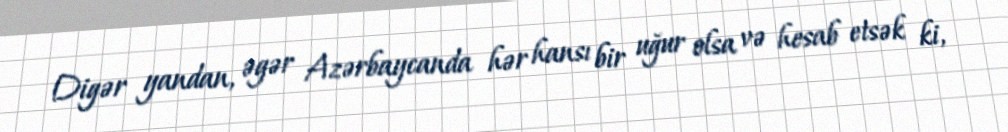
Digər yandan, əgər Azərbaycanda hər hansı bir uğur olsa və hesab etsək ki,